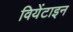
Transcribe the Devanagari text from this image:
वियेंटाइन